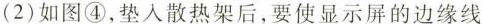
(2)如图④，垫入散热架后，要使显示屏的边缘线